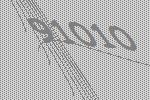
91010